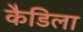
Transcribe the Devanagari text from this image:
कैडिला